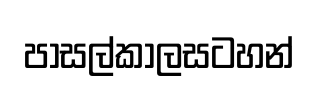
පාසල්කාලසටහන්